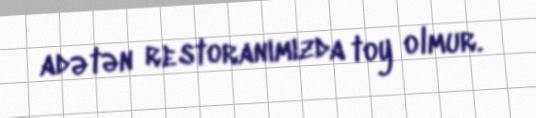
adətən restoranımızda toy olmur.